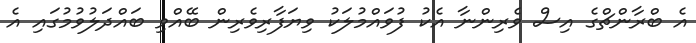
އެ ބްރާންޗްގެ އިސް ވެރިންނާ އެކު ފުވައްމުލަކު ވިޔަފާރިވެރިން ބޭއްވި ބައްދަލުވުމުގައި އެ